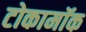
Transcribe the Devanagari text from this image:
टोकामॉक